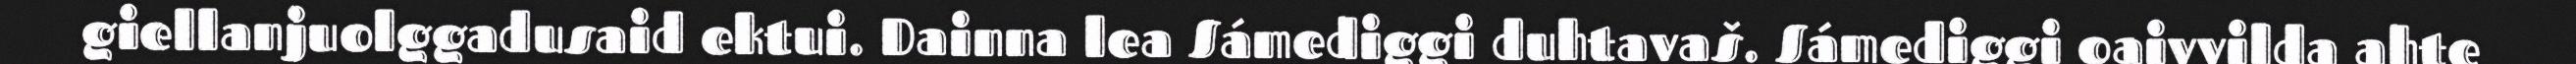
giellanjuolggadusaid ektui. Dainna lea Sámediggi duhtavaš. Sámediggi oaivvilda ahte